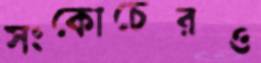
সংকোচেরও